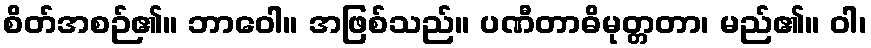
စိတ်အစဉ်၏။ ဘာဝေါ။ အဖြစ်သည်။ ပဏီတာဓိမုတ္တတာ၊ မည်၏။ ဝါ၊